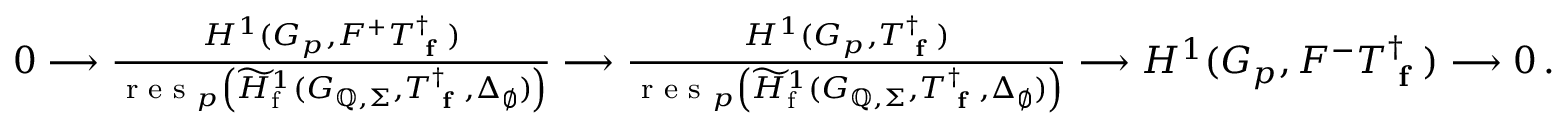
\begin{array} { r } { \begin{array} { r } { 0 \longrightarrow \frac { H ^ { 1 } ( G _ { p } , F ^ { + } T _ { \textup { \bf f } } ^ { \dagger } ) } { \textup { r e s } _ { p } \left( \widetilde { H } _ { \mathrm { f } } ^ { 1 } ( G _ { \mathbb { Q } , \Sigma } , T _ { \textup { \bf f } } ^ { \dagger } , \Delta _ { \emptyset } ) \right) } \longrightarrow \frac { H ^ { 1 } ( G _ { p } , T _ { \textup { \bf f } } ^ { \dagger } ) } { \textup { r e s } _ { p } \left( \widetilde { H } _ { \mathrm { f } } ^ { 1 } ( G _ { \mathbb { Q } , \Sigma } , T _ { \textup { \bf f } } ^ { \dagger } , \Delta _ { \emptyset } ) \right) } \longrightarrow H ^ { 1 } ( G _ { p } , F ^ { - } T _ { \textup { \bf f } } ^ { \dagger } ) \longrightarrow 0 \, . } \end{array} } \end{array}